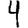
Digit: 4